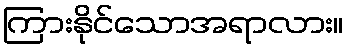
ကြားနိုင်သောအရာလား။